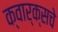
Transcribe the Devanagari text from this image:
क्वार्क्सचे